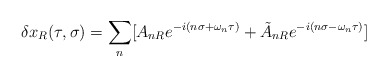
\begin{align*}\delta x_R(\tau,\sigma)=\sum_n[ A_{nR}e^{-i(n\sigma+\omega_n\tau)}+\tilde{A}_{nR}e^{-i(n\sigma-\omega_n\tau)}]\end{align*}